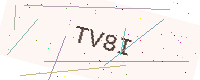
Text: TV8I